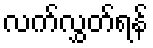
လက်လွှတ်ရန်